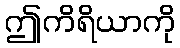
ဤကိရိယာကို